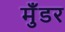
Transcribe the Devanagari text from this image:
मुँडर